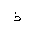
Letter: _thal